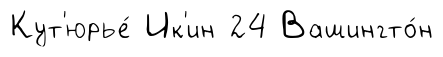
Кут'юрье́ Ик'ин 24 Вашингто́н